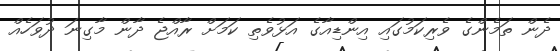
ދެން ތަމެންގެ ވެރިކަމުގައި އިންޑިއާގެ އަޅުވެތި ކަމަށް ރާއްޖެ ދާން މާގިނަ ދުވަހެއް